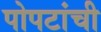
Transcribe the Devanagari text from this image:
पोपटांची